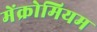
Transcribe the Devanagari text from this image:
मेंक्रोमियम